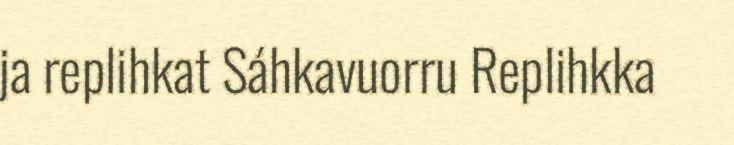
ja replihkat Sáhkavuorru Replihkka